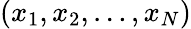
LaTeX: (x_{1},x_{2},\dots,x_{N})